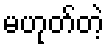
မဟုတ်တဲ့